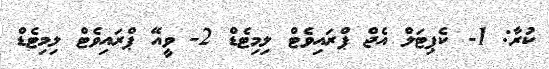
ކުރާ: 1- ކެޕިޓަލް އެޖް ޕްރައިވެޓް ލިމިޓެޑް 2- ވީއޭ ޕްރައިވެޓް ލިމިޓެޑް